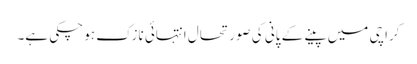
کراچی میں پینے کے پانی کی صورتحال انتہائی نازک ہو چکی ہے۔